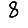
Digit: 8